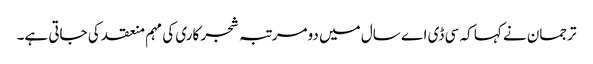
ترجمان نے کہا کہ سی ڈی اے سال میں دومرتبہ شجر کاری کی مہم منعقد کی جاتی ہے۔